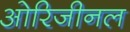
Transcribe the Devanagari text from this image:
ओरिजीनल